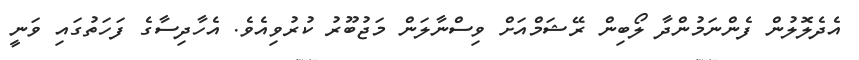
އެދެލޮލުން ފެންނަމުންދާ ލޯބިން ރޭޝަމްއަށް ވިސްނާލަން މަޖުބޫރު ކުރުވިއެވެ. އެހާދިސާގެ ފަހަތުގައި ވަނީ